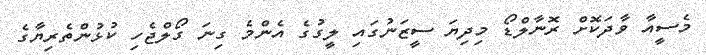
މެސީއާ ވާދަކޮށް ރޮނާލްޑޯ މިދިޔަ ސީޒަނުގައި ލީގުގެ އެންމެ ގިނަ ގޯލްޖެހި ކުޅުންތެރިޔާގެ